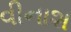
વીનાશ